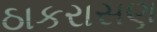
ઠાકરાસણ